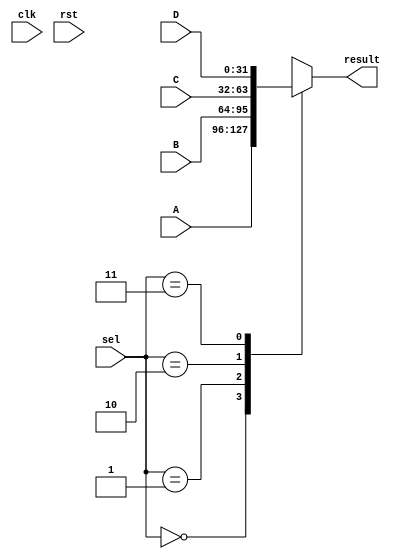
`timescale 1ns / 1ps

/*

mux_tree_node.v

Basically just a 4-MUX, but you can configure whether or not the delay is 
enabled.

Meant to be part of a pipelined multiplexer

*/

`define genif generate if
`define endgen end endgenerate

//I use logic where I intend combinational behaviour, but verilog forces me to
//use reg for syntax
`define logic reg

module mux_tree_node # (
    parameter WIDTH = 32,
    parameter ENABLE_DELAY = 0
) (
    input wire [1:0] sel,
    input wire [WIDTH-1:0] A, 
    input wire [WIDTH-1:0] B, 
    input wire [WIDTH-1:0] C, 
    input wire [WIDTH-1:0] D,
    output wire [WIDTH-1:0] result,
    
    //Only used if delay is enabled
    input wire clk,
    input wire rst
);
    
    `logic [WIDTH-1:0] result_i;
    
    always @(*) begin
        case(sel)
            2'b00:
                result_i <= A;
            2'b01:
                result_i <= B;
            2'b10:
                result_i <= C;
            2'b11:
                result_i <= D;
        endcase
    end
    
`genif (ENABLE_DELAY) begin
    reg [WIDTH-1:0] result_r = 0;
    always @(posedge clk) begin
        if (rst) begin
            result_r <= 0;
        end else begin
            result_r <= result_i;
        end
    end
    assign result = result_r;
end else begin
    assign result = result_i;
`endgen
    
endmodule

`undef genif
`undef endgen